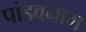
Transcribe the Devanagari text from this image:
पांडवनाग